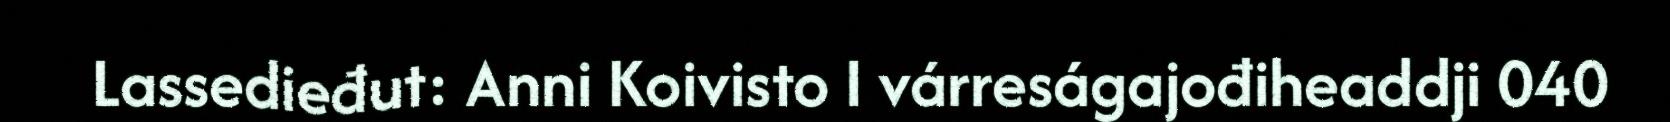
Lassedieđut: Anni Koivisto I várreságajođiheaddji 040